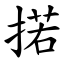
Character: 掿